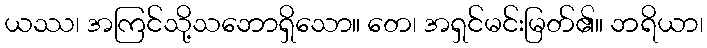
ယဿ၊ အကြင်သို့သဘောရှိသော။ တေ၊ အရှင်မင်းမြတ်၏။ ဘရိယာ၊